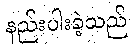
နည်းပါးခဲ့သည်